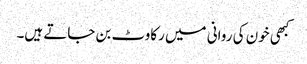
کبھی خون کی روانی میں رکاوٹ بن جاتے ہیں۔